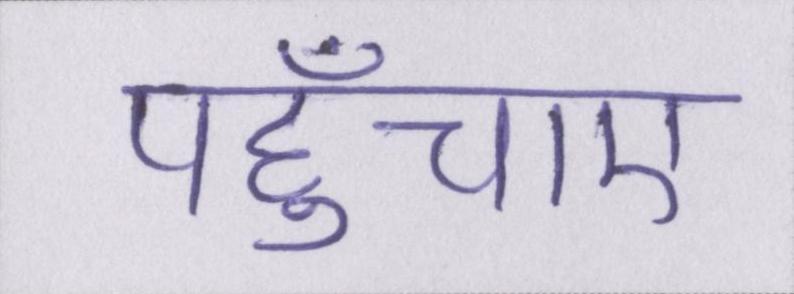
पहुँचाए